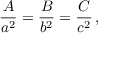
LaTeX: { \frac { A } { a ^ { 2 } } } = { \frac { B } { b ^ { 2 } } } = { \frac { C } { c ^ { 2 } } } \, ,